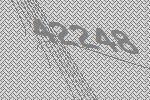
42248